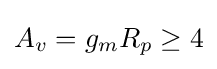
A_{v}=g_{m}R_{p}\geq 4